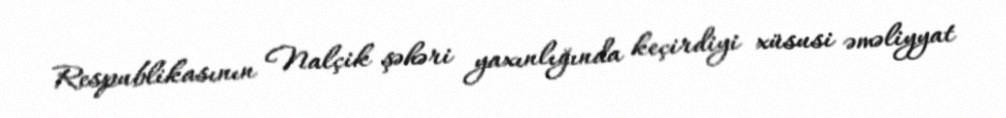
Respublikasının Nalçik şəhəri yaxınlığında keçirdiyi xüsusi əməliyyat